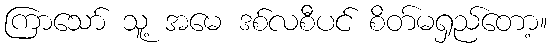
ကြာသော် သူ့ အမေ ဒစ်လစီပင် စိတ်မရှည်တော့။